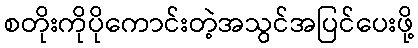
စတိုးကိုပိုကောင်းတဲ့အသွင်အပြင်ပေးဖို့